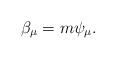
LaTeX: \begin{align*} \beta_\mu=m\psi_\mu.\end{align*}